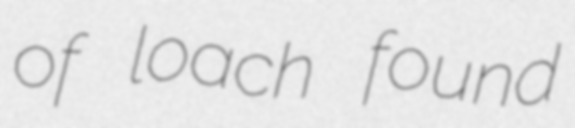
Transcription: of loach found